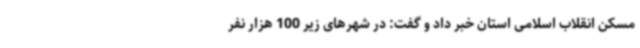
مسکن انقلاب اسلامی استان خبر داد و گفت: در شهرهای زیر 100 هزار نفر